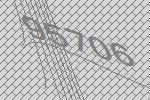
95706